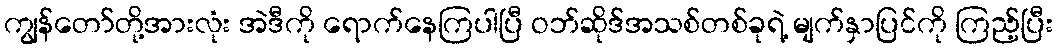
ကျွန်တော်တို့အားလုံး အဲဒီကို ရောက်နေကြပါပြီ ဝဘ်ဆိုဒ်အသစ်တစ်ခုရဲ့ မျက်နှာပြင်ကို ကြည့်ပြီး